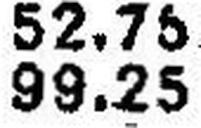
99.25